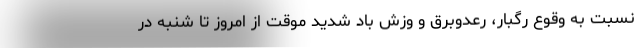
نسبت به وقوع رگبار، رعدوبرق و وزش باد شدید موقت از امروز تا شنبه در